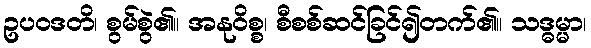
ဥပဝဒတိ၊ စွမ်စွဲ၏။ အနုဝိစ္စ၊ စီစစ်ဆင်ခြင်၍တက်၏။ သဒ္ဓမ္မာ၊